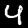
Digit: 4